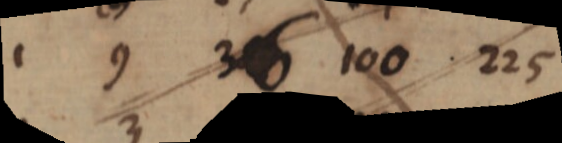
1 9 36 100 225